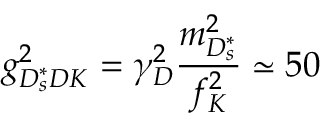
g _ { D _ { s } ^ { * } D K } ^ { 2 } = \gamma _ { D } ^ { 2 } \frac { m _ { D _ { s } ^ { * } } ^ { 2 } } { f _ { K } ^ { 2 } } \simeq 5 0